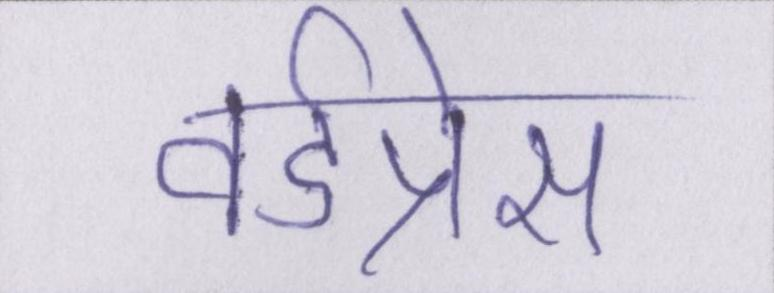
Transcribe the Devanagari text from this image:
वर्डप्रेस